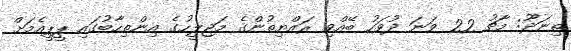
ތިނަދޫ: މާޗު 22 ވަނަ ދުވަހު ބޭއްވި ރައްޔިތުންގެ މަޖިލީހުގެ އިންތިހާބުގައި ޕީޕީއެމަށް